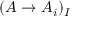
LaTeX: ( A \to A _ { i } ) _ { I }